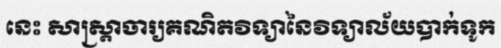
នេះ សាស្ត្រាចារ្យគណិតវិទ្យានៃវិទ្យាល័យបាក់ទូក